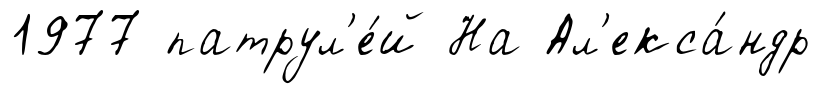
1977 патрул'е́й На Ал'екса́ндр